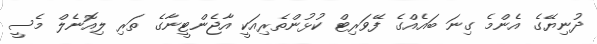
ދުނިޔޭގެ އެންމެ ގިނަ ބައެއްގެ ފޭވަރިޓް ކުޅުންތެރިއަކީ އާޖެންޓީނާގެ ތަރި ލިއޮނެލް މެސީ